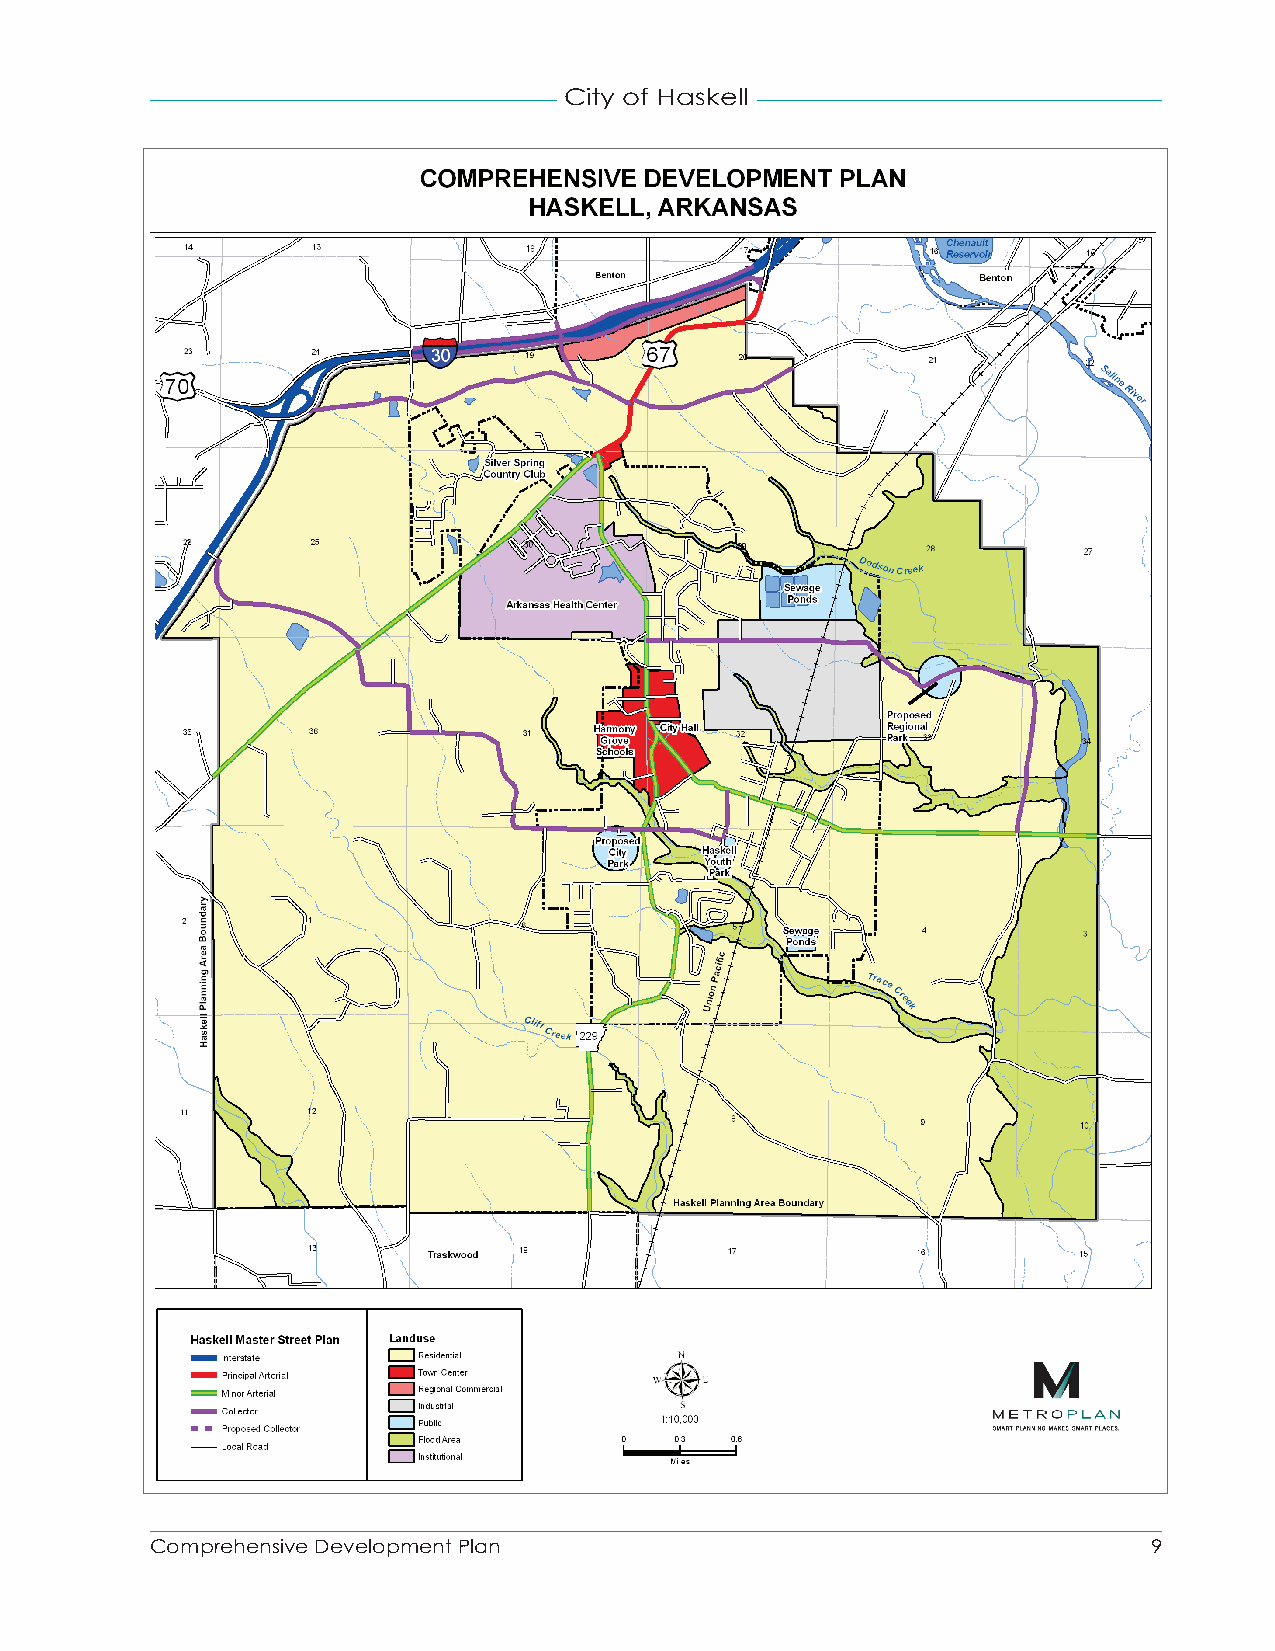
City of Haskell
 Comprehensive Development Plan                                    9